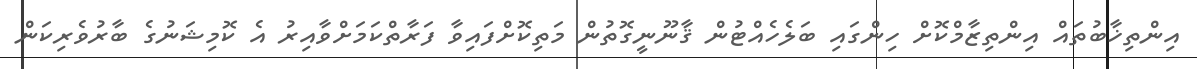
އިންތިޚާބުތައް އިންތިޒާމްކޮށް ހިންގައި ބަލެހެއްޓުން ޤާނޫނީގޮތުން މަތިކޮށްފައިވާ ފަރާތްކަމަށްވާއިރު އެ ކޮމިޝަނުގެ ބާރުވެރިކަން